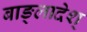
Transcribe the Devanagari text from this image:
बाङ्लादेश्